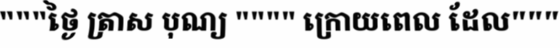
"""ថ្ងៃ ត្រាស បុណ្យ """" ក្រោយពេល ដែល"""